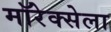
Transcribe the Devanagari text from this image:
मॉरेक्सेला